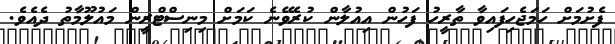
ފެށުމަށް ހަމަޖެހިފައިވާ ތާރީހު ފަހުން އިއުލާން ކުރެވޭނެ ކަމަށް މިނިސްޓްރީން މައުލޫމާތު ދެއެވެ.